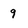
Character: 9